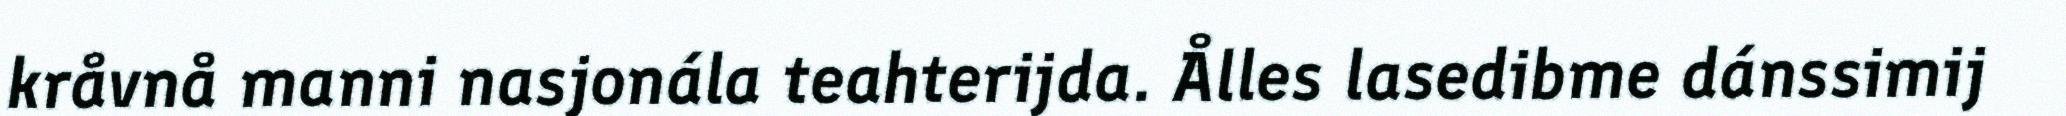
kråvnå manni nasjonála teahterijda. Ålles lasedibme dánssimij